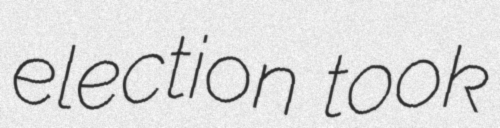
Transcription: election took